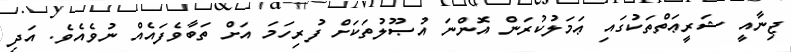
ޖިނާއީ ޝަރީޢަތްތަކުގައި ޢަމަލުކުރަން އޮންނަ އުޞޫލުތަކަށް ފުރިހަމަ އަށް ތަބާވެފައެއް ނުވެއެވެ. އަދި